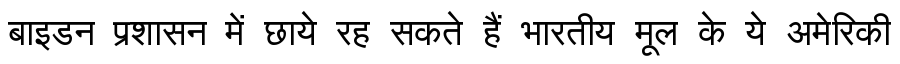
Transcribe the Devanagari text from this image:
बाइडन प्रशासन में छाये रह सकते हैं भारतीय मूल के ये अमेरिकी